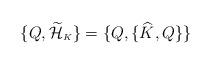
LaTeX: \begin{align*}\{Q,\widetilde{\cal H}_{\scriptscriptstyle K}\}=\{Q,\{\widehat{K},Q\}\}\end{align*}